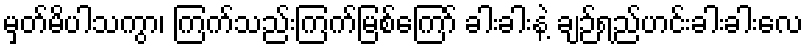
မှတ်မိပါသကွာ၊ ကြက်သည်းကြက်မြစ်ကြော် ခါးခါးနဲ့ ချဉ်ရည်ဟင်းခါးခါးလေ